Medical and sanitary report of the native army of Bengal for the year
Year: 1876
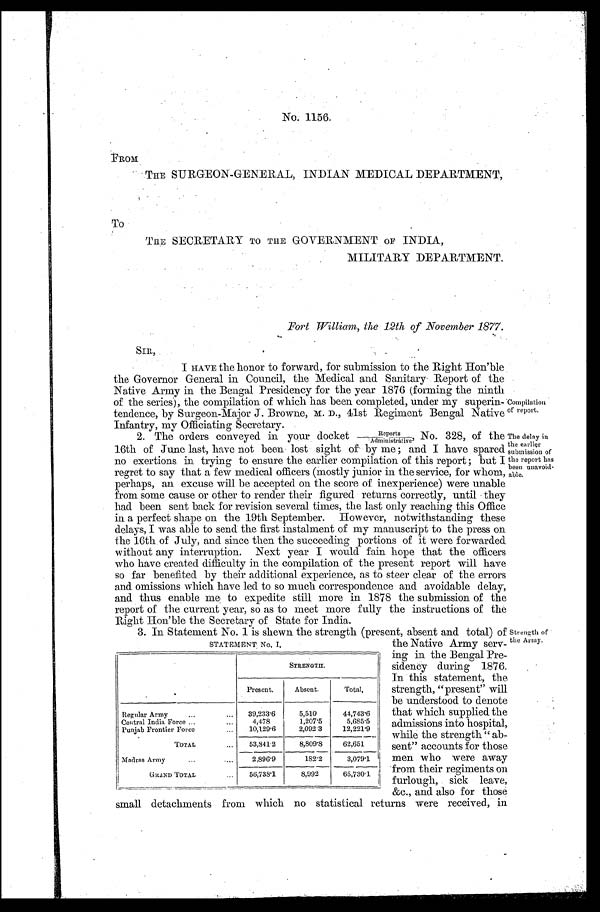
The delay in
the earlier
submission of
the report has
been unavoid
-able.
No. 1156.
FROM
THE SURGEON-GENERAL, INDIAN MEDICAL DEPARTMENT,
To
•
THE SECRETARY TO THE GOVERNMENT OF INDIA,
MILITARY DEPARTMENT.
Fort William, the 12th of November 1877.
I HAVE the honor to forward, for submission to the Right Hon'ble
the Governor General in Council, the Medical and Sanitary Report of the
Native Army in the Bengal Presidency for the year 1876 (forming the ninth
of the series), the compilation of which has been completed, under my superin
- t e n d e n c e , b y S u r g e o n - M a j o r J . B r o w n e , M . D . , 4 1 s t R e g i m e n t B e n g a l N a t i v e
Infantry, my Officiating Secretary.
2. The orders conveyed in your docket
R e p o r t s / A d m i n i s t r a t i v e ' N o . 3 2 8 , o f t h e 1 6 t h o f J u n e l a s t , h a v e n o t b e e n l o s t s i g h t o f b y m e ; a n d I h a v e s p a r e d
no exertions in trying to ensure the earlier compilation of this report; but I
regret to say that a few medical officers (mostly junior in the service, for whom,
perhaps, an excuse will be accepted on the score of inexperience) were unable
from some cause or other to render their figured returns correctly, until they
had been sent back for revision several times, the last only reaching this Office
in a perfect shape on the 19th September. However, notwithstanding these
delays, I was able to send the first instalment of my manuscript to the press on
the 16th of July, and since then the succeeding portions of it were forwarded
without any interruption. Next year I would fain hope that the officers
who have created difficulty in the compilation of the present report will have
so far benefited by their additional experience, as to steer clear of the errors
and omissions which have led to so much correspondence and avoidable delay,
and thus enable me to expedite still more in 1878 the submission of the
report of the current year, so as to meet more fully the instructions of the
Right Hon'ble the Secretary of State for India.
STATEMENT No, I,
3. In Statement No. 1 is shewn the strength (present, absent and total) of
the Native Army serv-
ing in the Bengal Pre-
sidency during 1876.
In this statement, the
strength, "present" will
be understood to denote
that which supplied the
admissions into hospital,
while the strength "ab-
sent" accounts for those
men who were away
from their regiments on
furlough, sick leave,
&c., and also for those
small detachments from which no statistical returns were received, in
S T R E N G T H .
Present.
Absent.
Total,
Regular Army
39,233.6
5,510
44,743.6
Central India Force
4,478
1,207.5
5,685.5
Punjab Frontier Force
10,129.6
2,092.3
12,221.9
TOTAL
53,841.2
8,809.8
62,651
Madras Army
2,896.9
182.2
3,079.1
GRAND TOTAL
56,738.1
8,992
65,730.1
Strength of
the Army
.
Compilation
of report.